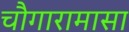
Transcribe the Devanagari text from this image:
चौगारामासा